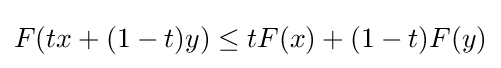
F(tx+(1-t)y)\leq tF(x)+(1-t)F(y)